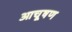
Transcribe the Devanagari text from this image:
आचूषण